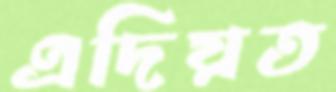
এদিয়ত